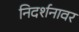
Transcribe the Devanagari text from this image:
निदर्शनावर